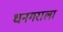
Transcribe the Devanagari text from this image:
धनगराला